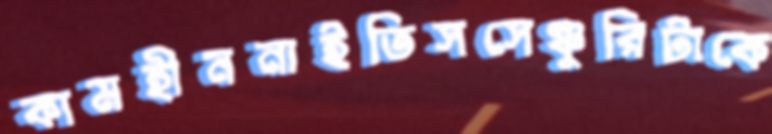
কামহীননাইতিসসেঞ্চুরিটাকে